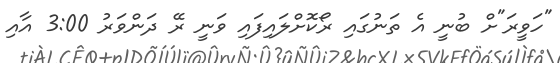
"ހަވީރަ"ށް ބުނީ އެ ތަނުގައި ރޯކޮށްލައިފައި ވަނީ ރޭ ދަންވަރު 3:00 އާއި